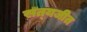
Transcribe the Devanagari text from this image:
सत्‍यजीत